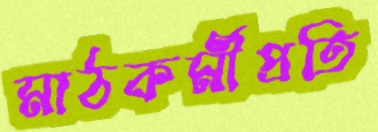
মাঠকর্মীপ্রতি